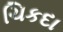
ચિકદા